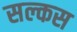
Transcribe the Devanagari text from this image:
सल्कस